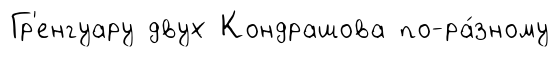
Гр'енгуару двух Кондрашова по-ра́зному